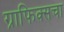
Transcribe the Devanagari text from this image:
ग्राफिक्सचा